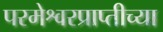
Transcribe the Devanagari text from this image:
परमेश्वरप्राप्तीच्या